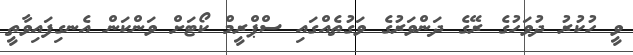
ވީ ހުކުރު ދުވަހުގެ ރޭގެ ދަންވަރުގެ ވަގުތެއްގައި ސްޕްރީމް ކޯޓަށް ވަންކަން އެނގިފައިވާތީ